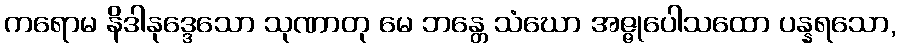
ကရောမ နိဒါနုဒ္ဒေသော သုဏာတု မေ ဘန္တေ သံဃော အဇ္ဇုပေါသထော ပန္နရသော,